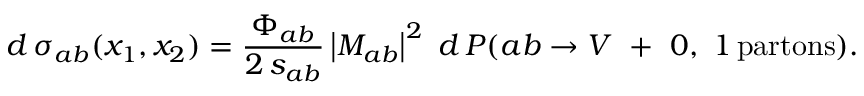
d \, \sigma _ { a b } ( x _ { 1 } , x _ { 2 } ) = \frac { \Phi _ { a b } } { 2 \, s _ { a b } } \left| { \cal M } _ { a b } \right| ^ { 2 } \ d \, P ( a b \to V \ + \ 0 , ~ 1 \, \mathrm { p a r t o n s } ) .